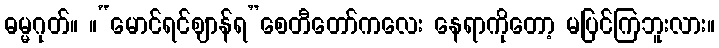
ဓမ္မဂုတ်။ ။“မောင်ရင်ဈာန်ရ”စေတီတော်ကလေး နေရာကိုတော့ မပြင်ကြဘူးလား။